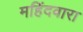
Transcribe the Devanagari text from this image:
महिंदवारा